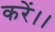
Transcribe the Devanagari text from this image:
करें।।